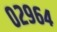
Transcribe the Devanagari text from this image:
०२९६४